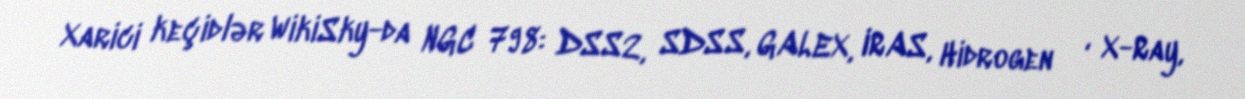
Xarici keçidlər WikiSky-da NGC 798: DSS2, SDSS, GALEX, IRAS, Hidrogen α, X-Ray,